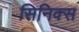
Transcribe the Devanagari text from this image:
सिनिक्स